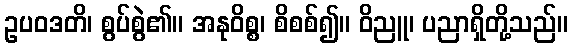
ဥပဝဒတိ၊ စွပ်စွဲ၏။ အနုဝိစ္စ၊ စိစစ်၍။ ဝိညူ၊ ပညာရှိတို့သည်။